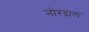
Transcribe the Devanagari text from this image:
नोरदाल